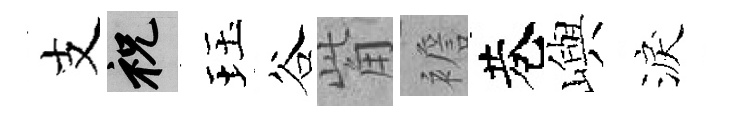
支祝珏谷觜襜巷嶼淚